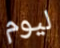
ليوم